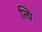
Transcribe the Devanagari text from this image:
त्यि